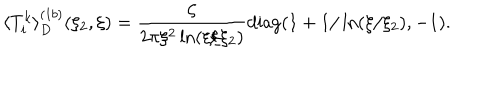
LaTeX: \langle T _ { i } ^ { k } \rangle _ { D } ^ { ( 1 b ) } ( \xi _ { 2 } , \xi ) = \frac { \zeta } { 2 \pi \xi ^ { 2 } \ln ( \xi / \xi _ { 2 } ) } { \mathrm { d i a g } } ( 1 + 1 / \ln ( \xi / \xi _ { 2 } ) , - 1 ) .